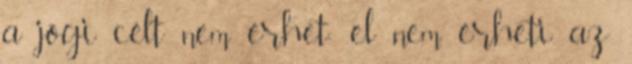
a jógi célt nem érhet; el nem érheti az